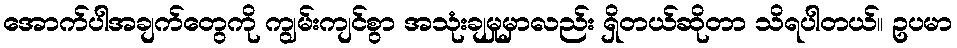
အောက်ပါအချက်တွေကို ကျွမ်းကျင်စွာ အသုံးချမှုမှာလည်း ရှိတယ်ဆိုတာ သိရပါတယ်။ ဥပမာ